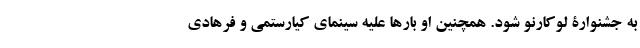
به جشنوارۀ لوکارنو شود. همچنین او بارها علیه سینمای کیارستمی و فرهادی